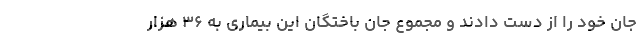
جان خود را از دست دادند و مجموع جان باختگان این بیماری به ۳۶ هزار